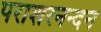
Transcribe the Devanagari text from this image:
पराशरनन्दन